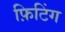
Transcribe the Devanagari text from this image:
फ़िटिंग